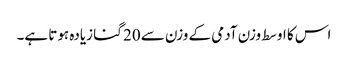
اس کا اوسط وزن آدمی کے وزن سے 20 گنا زیادہ ہوتا ہے۔